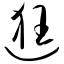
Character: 逛